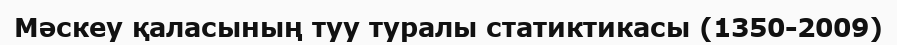
Мәскеу қаласының туу туралы статиктикасы (1350-2009)